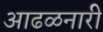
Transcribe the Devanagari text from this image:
आढळनारी